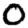
Digit: 0